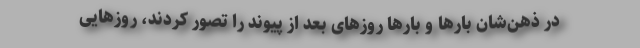
در ذهن‌شان بارها و بارها روزهای بعد از پیوند را تصور کردند، روزهایی